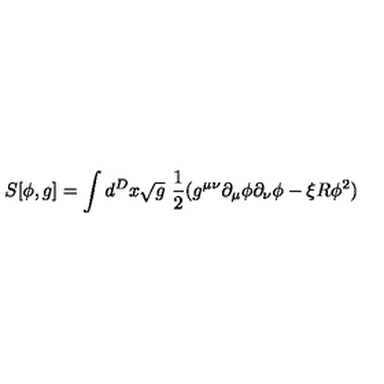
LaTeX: S [ \phi , g ] = \int d ^ { D } x { \sqrt g } \ { \frac { 1 } { 2 } } ( g ^ { \mu \nu } \partial _ { \mu } \phi \partial _ { \nu } \phi - \xi R \phi ^ { 2 } )